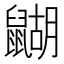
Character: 𪕱